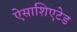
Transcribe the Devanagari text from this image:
ऐसाशिएटेड